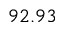
9 2 . 9 3